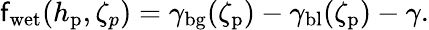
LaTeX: \mathsf{f}_{\mathrm{{wet}}}(h_{\mathrm{{p}}},\zeta_{p})=\gamma_{\mathrm{{bg}}}(\zeta_{\mathrm{{p}}})-\gamma_{\mathrm{{bl}}}(\zeta_{\mathrm{{p}}})-\gamma.